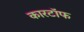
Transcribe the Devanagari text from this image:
कारटॉफ